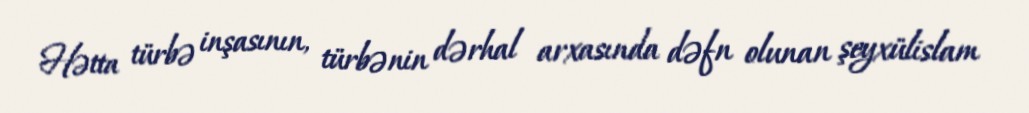
Hətta türbə inşasının, türbənin dərhal arxasında dəfn olunan şeyxülislam